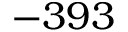
- 3 9 3